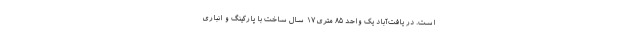
است. در یافت‌آباد یک واحد ۸۵ متری ۱۷ سال ساخت با پارکینگ و انباری